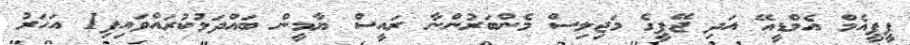
ޕީޕީއެމް އެމްޑީއޭ އަދި ޖޭޕީގެ މަޖިލިސް މެންބަރުންނާ ރައީސް ޔާމީން ބައްދަލުކުރައްވައިފި1 އަހަރު